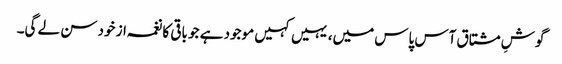
گوشِ مشتاق آس پاس میں، یہیں کہیں موجود ہے جو باقی کا نغمہ از خود سن لے گی۔